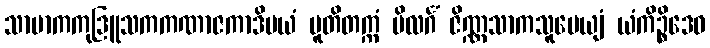
သာမာကကုဒြူသကကဏာဇကာဒိမယံ ပူတိတက္ကံ ဗိလင်္ဂံ ဇိဏ္ဏသာကသူပေယျံ ယံကိဉ္စိဒေဝ